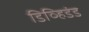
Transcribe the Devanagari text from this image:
डिव्हिडंड